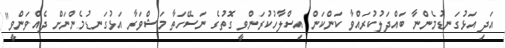
އަދި އަޅުގަނޑުމެންނާ ބައްދަލުކުރައްވާ ކަންކަން އިސްލާހުކުރަންވީ ގޮތުގެ ނަސޭހަތާ މަޝްވަރާ އަޅުގަނޑުމެންނަށް ދެއްވަންވީ"